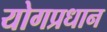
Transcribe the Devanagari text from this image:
योगप्रधान